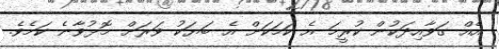
އެއް ގަވާއިދަކުން ކުރީމަ އެ ކަމަކަށް އެ ބަޔަކު ވަރަށް މޮޅުވާނެ ކަމެވެ.